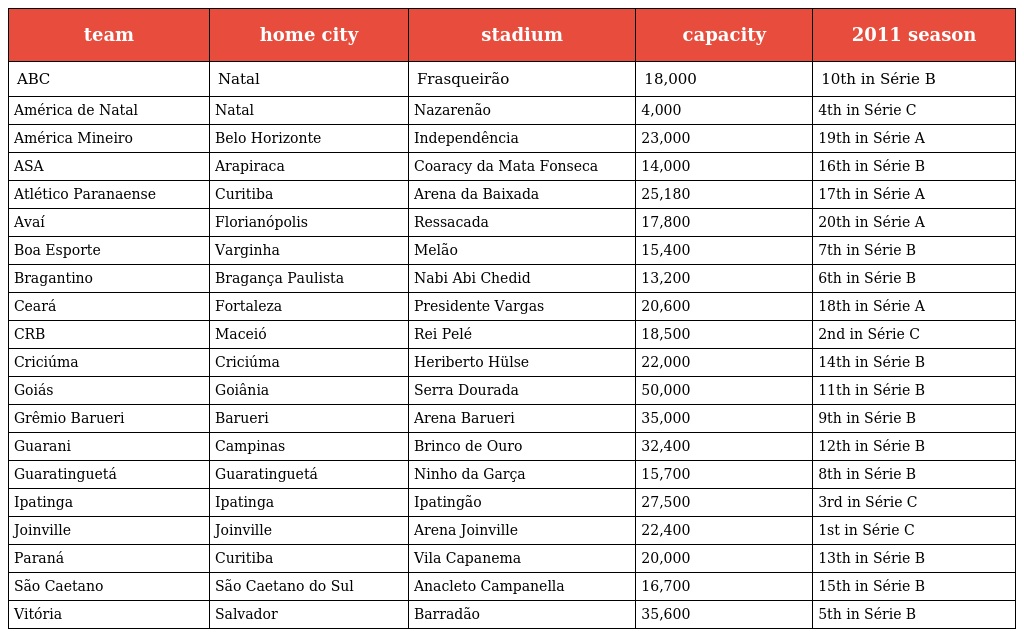
| team | home city | stadium | capacity | 2011 season |
 | --- | --- | --- | --- | --- |
 | ABC | Natal | Frasqueirão | 18,000 | 10th in Série B |
 | América de Natal | Natal | Nazarenão | 4,000 | 4th in Série C |
 | América Mineiro | Belo Horizonte | Independência | 23,000 | 19th in Série A |
 | ASA | Arapiraca | Coaracy da Mata Fonseca | 14,000 | 16th in Série B |
 | Atlético Paranaense | Curitiba | Arena da Baixada | 25,180 | 17th in Série A |
 | Avaí | Florianópolis | Ressacada | 17,800 | 20th in Série A |
 | Boa Esporte | Varginha | Melão | 15,400 | 7th in Série B |
 | Bragantino | Bragança Paulista | Nabi Abi Chedid | 13,200 | 6th in Série B |
 | Ceará | Fortaleza | Presidente Vargas | 20,600 | 18th in Série A |
 | CRB | Maceió | Rei Pelé | 18,500 | 2nd in Série C |
 | Criciúma | Criciúma | Heriberto Hülse | 22,000 | 14th in Série B |
 | Goiás | Goiânia | Serra Dourada | 50,000 | 11th in Série B |
 | Grêmio Barueri | Barueri | Arena Barueri | 35,000 | 9th in Série B |
 | Guarani | Campinas | Brinco de Ouro | 32,400 | 12th in Série B |
 | Guaratinguetá | Guaratinguetá | Ninho da Garça | 15,700 | 8th in Série B |
 | Ipatinga | Ipatinga | Ipatingão | 27,500 | 3rd in Série C |
 | Joinville | Joinville | Arena Joinville | 22,400 | 1st in Série C |
 | Paraná | Curitiba | Vila Capanema | 20,000 | 13th in Série B |
 | São Caetano | São Caetano do Sul | Anacleto Campanella | 16,700 | 15th in Série B |
 | Vitória | Salvador | Barradão | 35,600 | 5th in Série B |